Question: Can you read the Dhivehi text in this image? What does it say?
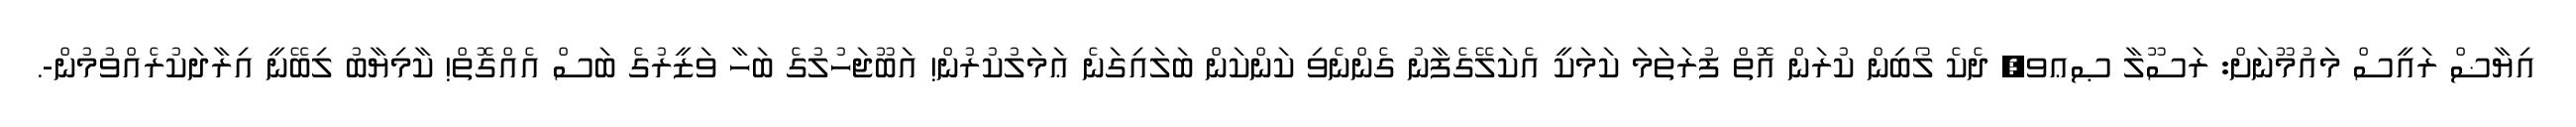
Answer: އިޔާޟް ރައީސް މައުމޫނަށް: ރަސޫލާ ޞޢވ, ދެކެ ލޯބިން ކުރަން އޮތް ފުރަތަމަ ކަމަކީ އެކަލޭގެފާނު ގެންނެވި ކަންކަން ބަލައިގަނެ ޢަމަލުކުރުން! އަބޫޖަހުލުގެ ބަހާ ވަޒީރުގެ ބަސް އެއްގޮތް! ކާމިޔާބު ލިބޭނީ އިރާދަކުރެއްވުމުން-.